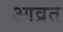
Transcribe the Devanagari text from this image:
आव्रत